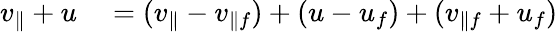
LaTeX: \begin{array}{rl}{v_{\parallel}+u}&{{}=(v_{\parallel}-v_{\parallel f})+(u-u_{f})+(v_{\parallel f}+u_{f})}\end{array}